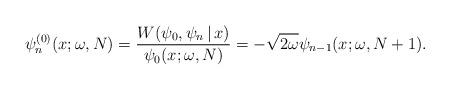
LaTeX: \begin{align*} \psi _{n}^{(0) }(x;\omega,N) =\frac{W(\psi _{0},\psi _{n}\,|\, x)}{\psi _{0}(x;\omega,N) }=-\sqrt{2\omega } \psi _{n-1}( x;\omega ,N+1) . \end{align*}